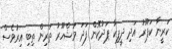
ކަރީނާ ކަޕޫރު އަދި ދީޕިކާ ޕަދުކޮން ފަދަ މަޝްހޫރު ތަރިން ތިބި އިރުވެސް